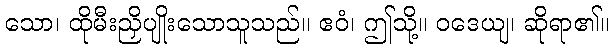
သော၊ ထိုမီးညှိပျိုးသောသူသည်။ ဧဝံ၊ ဤသို့။ ဝဒေယျ၊ ဆိုရာ၏။